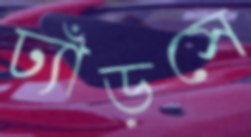
ঢ্যাঁড়সে